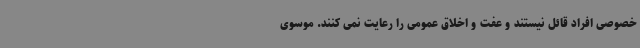
خصوصی افراد قائل نیستند و عفت و اخلاق عمومی را رعایت نمی کنند. موسوی